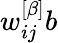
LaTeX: w_{ij}^{\left[\beta\right]}b